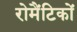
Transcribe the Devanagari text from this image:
रोमैंटिकों